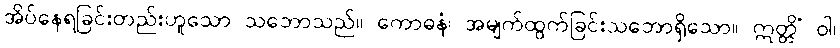
အိပ်နေရခြင်းတည်းဟူသော သဘောသည်။ ကောဓနံ၊ အမျက်ထွက်ခြင်းသဘောရှိသော။ ဣတ္တိံ ဝါ၊